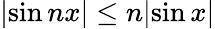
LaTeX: |\! \sin nx|\leq n|\! \sin x|